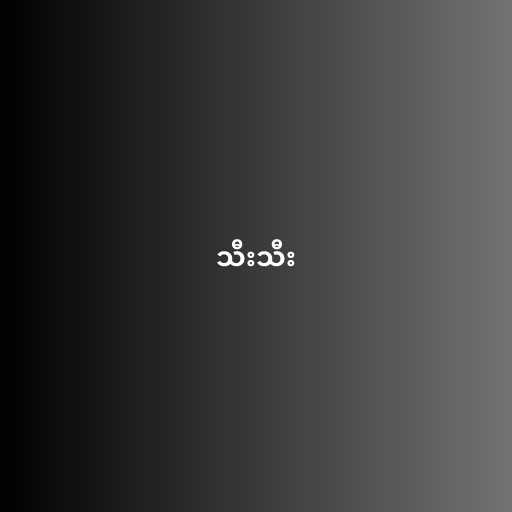
သီးသီး